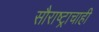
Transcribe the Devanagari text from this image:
सौराष्ट्राचाही